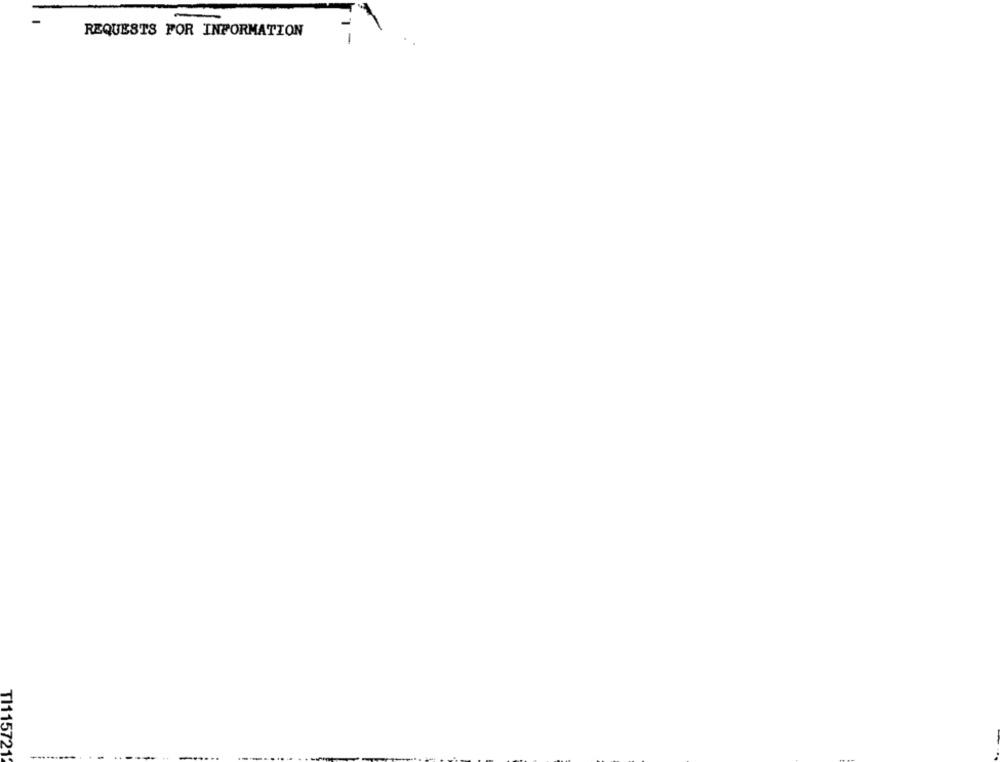
REQUESTS FOR INFORMATION
TI115721